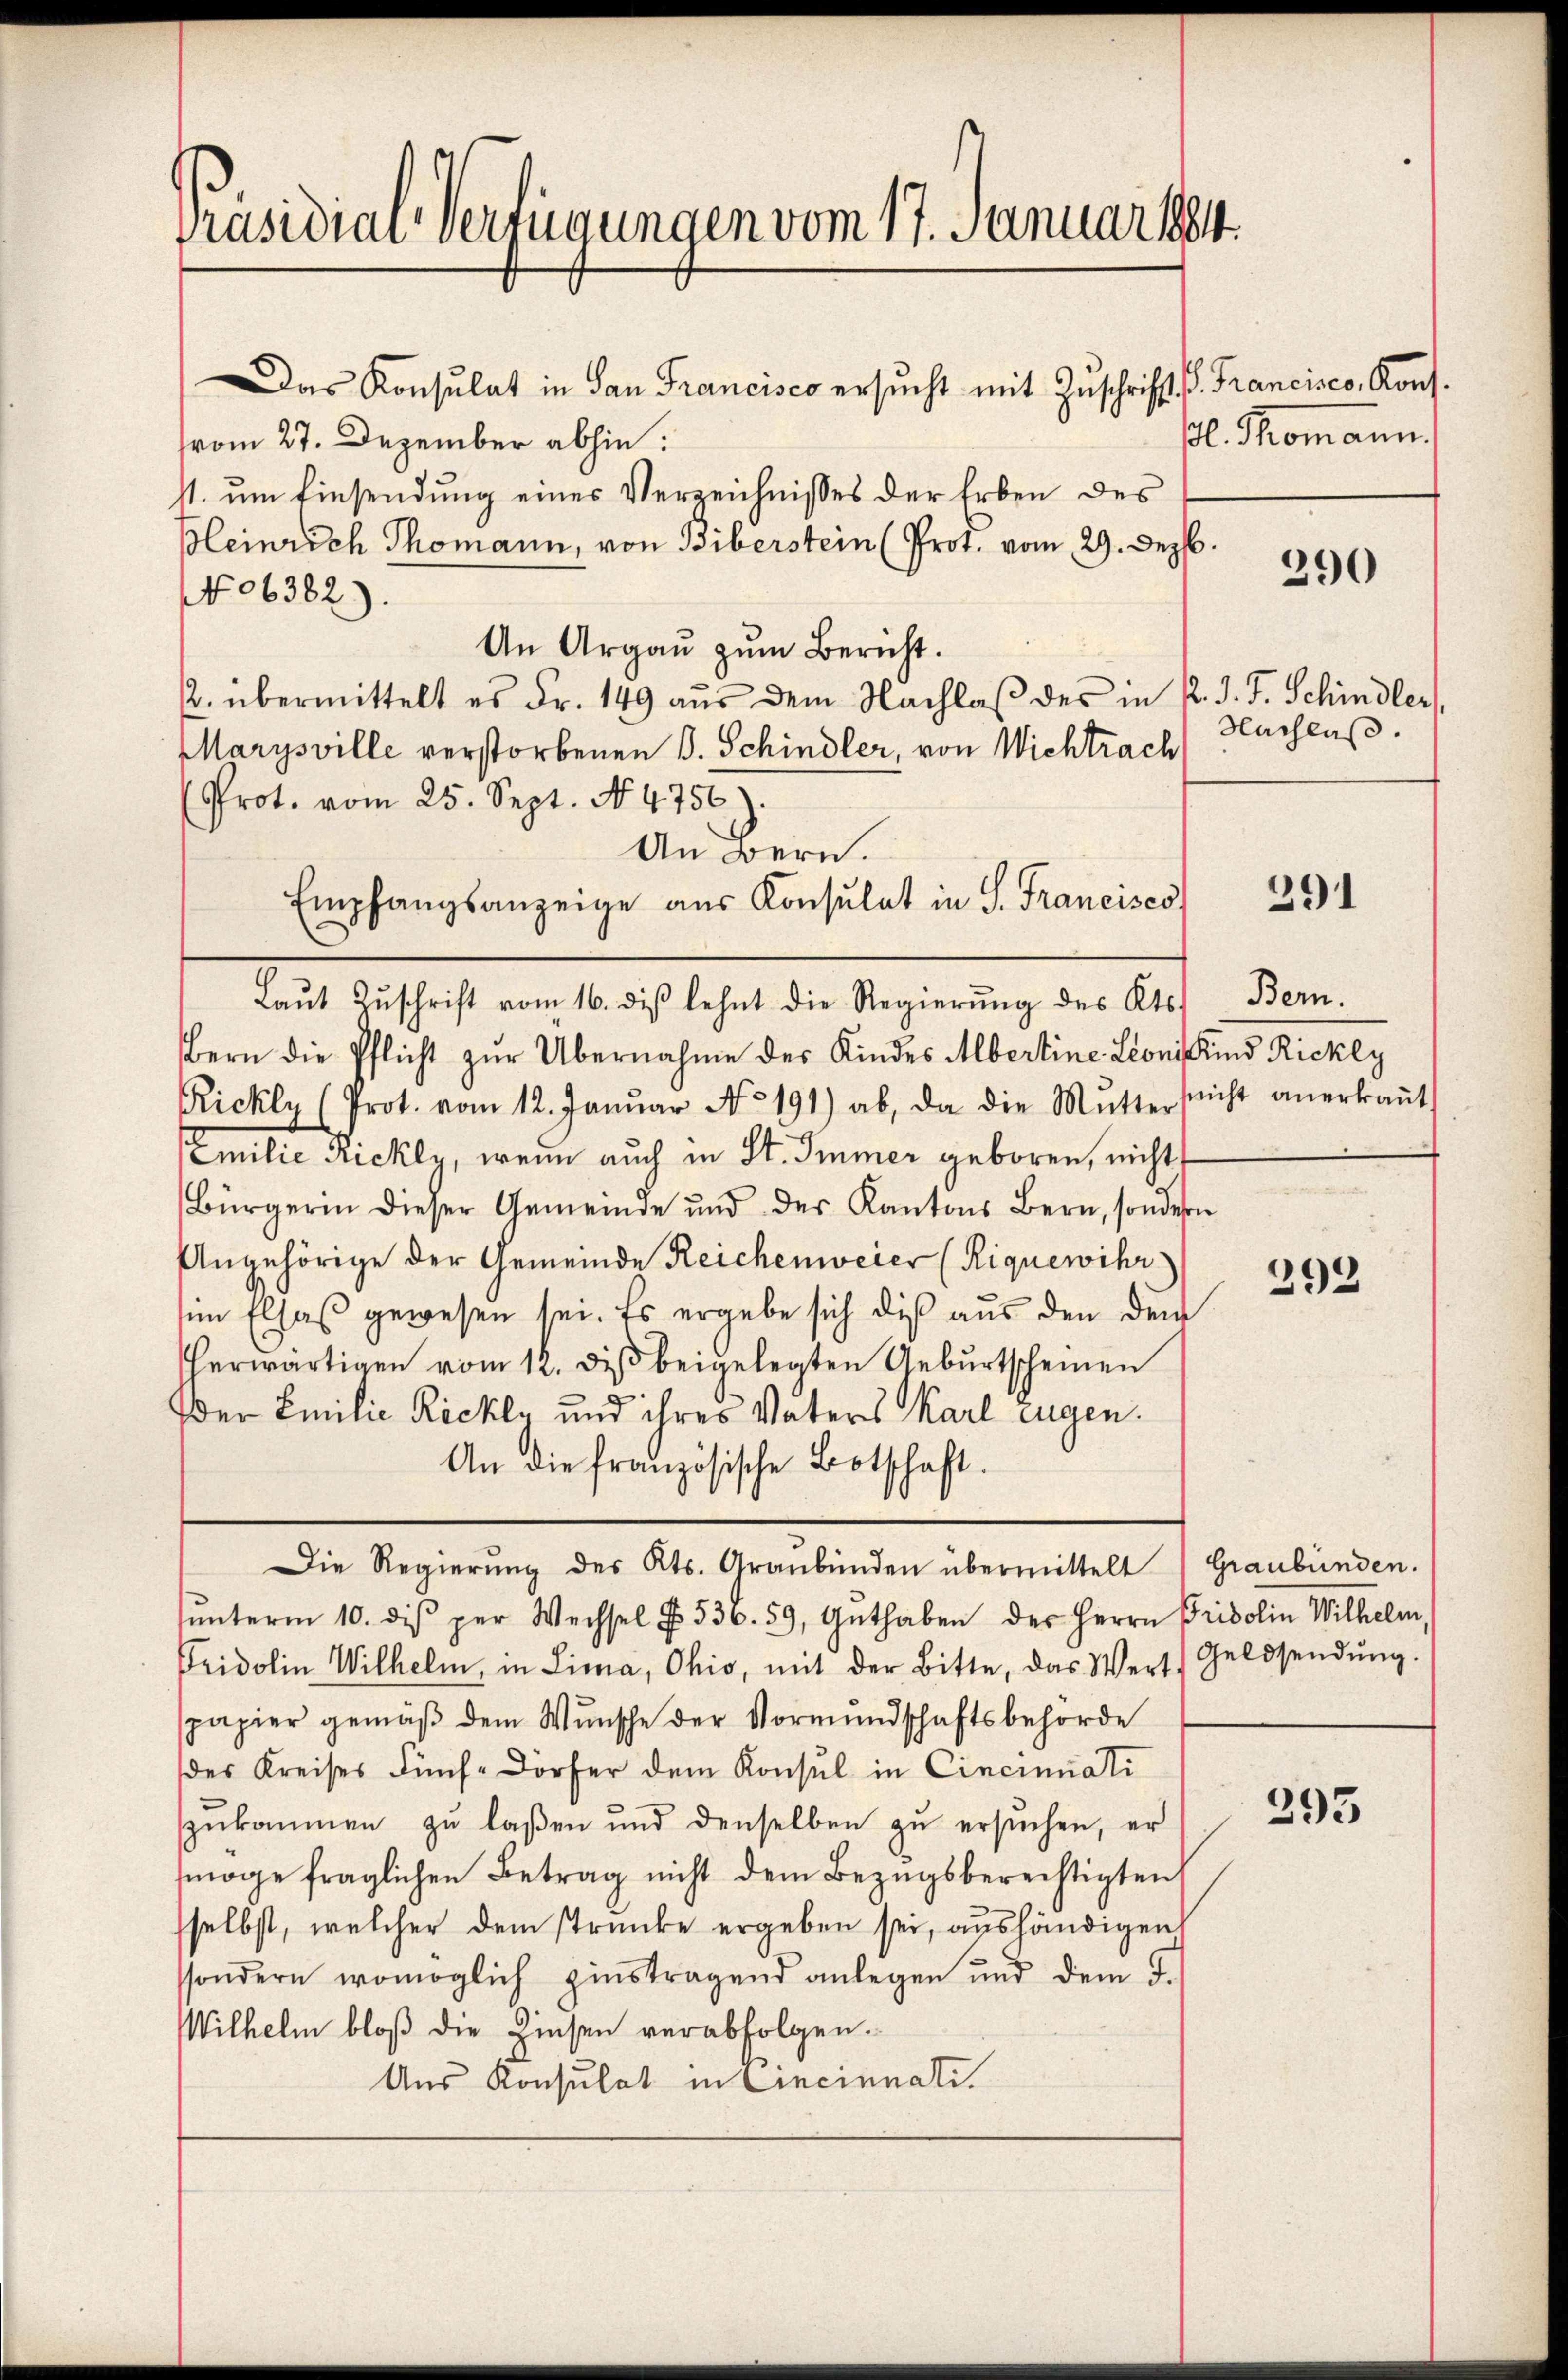
Präsidial-Verfügungen vom 17. Januar 1884

Das Konsulat in San Francisco ersucht mit Zuschrifft. P. Francisco, Kons.
s
vom 27. Dezember abhin:
st. ŭm Einsendung eines Verzeichnisses der Erben des
pleinrich Thomann, von Biberstein (Prof. vom 29. Sept.
N06382).
An Argau zum Bericht.
. übermittelt es Fr. 149 aus dem Nachlaß des in
Marysville verstorbenen B. Schindler, von Wichtrach
Prot. vom 25. Sept. No 4756).
An Bern.
Empfangsanzeige aus Konsulat in S. Francises
Bern die Pflicht zŭr Übernahme des Kindes Albertine. Leonis Kind Rickly
Rickly (Prot. vom 12. Janŭar No 191) ab, da die Mutter sicht anerkaṅt
Emilie Rickly, wenn auch in St. Immer geboren, nicht
Bürgerin dieser Gemeinde und der Kantons Bern, sondern
Angehörige der Gemeinde Reichenweier (Riquewihr
sim Elsaß gewesen sei. Es ergebe sich dieß aus den dem
herwärtigen vom 12. diβ beigelegten Geburtscheinen
der Emilie Rickte und ihres Vaters Karl Eugen.
An die französische Botschaft.
Die Regierung des Kts. Graubünden übermittelt
ŭnterm 10. dis per Wechsel N. 536. 59, Gŭthaben des Herrn Fridolin Wilhelm,
Fridolin Wilhelm, in Lima, Ohio, mit der Bitte, das Wert, Geldsendŭng.
papier gemäβ dem Wunsche der Vormŭndschaftsbehörde
des Kreises Fünf Dörfer dem Konsul in Cincinuati
zukommen zu laßen und denselben zu ersuchen, er
möge fraglichen Betrag nicht dem Bezugsberechtigten
selbst, welcher dem strunke ergeben sei, aushändigen
ssondern womöglich zinstragend anlegen und dem F.
Wilhelm bloß die Zinsen verabfolgen.
Aus Konsulat in Cincinnati

Laŭt Zŭschrift vom 16. diβ lehnt die Regierŭng des Kts.

l. Thomann.

290

d. J. J. Schindler,
Nachlaß.

291

Bern.

292

Graubünden.

293